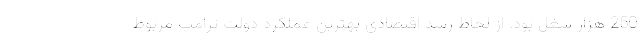
250 هزار شغل بود. از لحاظ رشد اقتصادی بهترین عملکرد دولت ترامپ مربوط